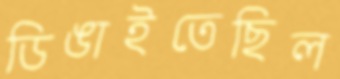
ডিঙাইতেছিল